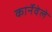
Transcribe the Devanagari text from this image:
कार्नेवेले